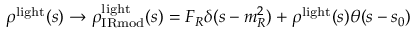
\rho ^ { \mathrm { l i g h t } } ( s ) \to \rho _ { \mathrm { I R m o d } } ^ { \mathrm { l i g h t } } ( s ) = F _ { R } \delta ( s - m _ { R } ^ { 2 } ) + \rho ^ { \mathrm { l i g h t } } ( s ) \theta ( s - s _ { 0 } )